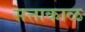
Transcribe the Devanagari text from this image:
सत्ताकाळ